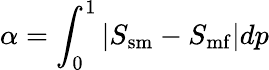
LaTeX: \alpha=\int_{0}^{1}\left|S_{\mathrm{sm}}-S_{\mathrm{mf}}\right|dp